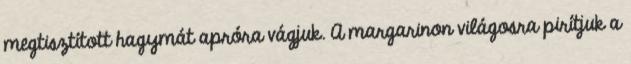
megtisztított hagymát apróra vágjuk. A margarinon világosra pirítjuk a